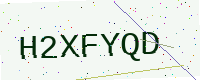
Text: H2XFYQD